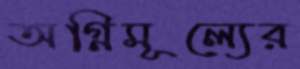
অগ্নিমূল্যের